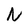
Character: N